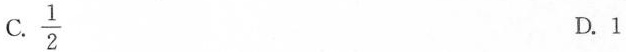
C. \frac{1}{2} D. 1